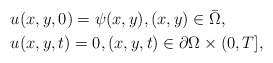
\begin{align*} &u(x,y,0)=\psi(x,y),(x,y)\in\bar{\Omega},\\ & u(x,y,t)=0,(x,y,t)\in\partial\Omega\times (0,T], \end{align*}